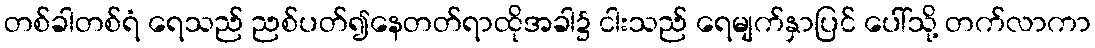
တစ်ခါတစ်ရံ ရေသည် ညစ်ပတ်၍နေတတ်ရာထိုအခါ၌ ငါးသည် ရေမျက်နှာပြင် ပေါ်သို့ တက်လာကာ